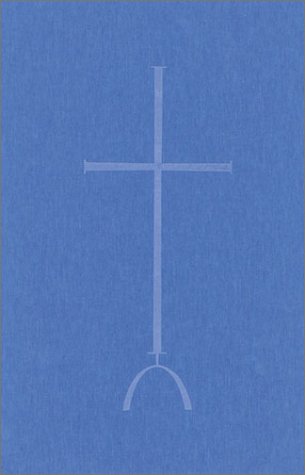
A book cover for The Rule Of Saint Benedict; Saint Benedict; Christian Books & Bibles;